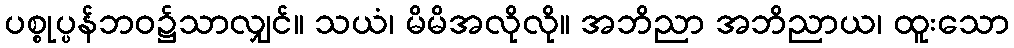
ပစ္စုပ္ပန်ဘဝ၌သာလျှင်။ သယံ၊ မိမိအလိုလို။ အဘိညာ အဘိညာယ၊ ထူးသော